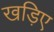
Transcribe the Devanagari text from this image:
खड़िए